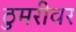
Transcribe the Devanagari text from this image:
ठुमरीवर